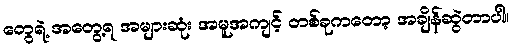
တွေရဲ့ အတွေ့ရ အများဆုံး အမူအကျင့် တစ်ခုကတော့ အချိန်ဆွဲတာပါ။